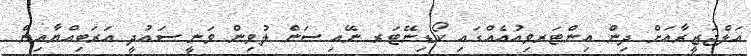
އަލްޖަޒީރާއަށް ދިން އިންޓަރވިއުއެއްގައި ކޯޑިނޭޓަރ ނޭއި ސަން ލުވިން ވަނީ ސައުދީ އަރަބިއްޔާއިން